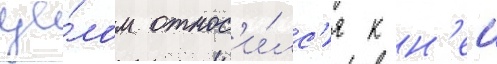
це́лом относ'и́лс'я к н'еи